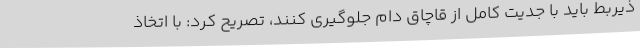
ذیربط باید با جدیت کامل از قاچاق دام جلوگیری کنند، تصریح کرد: با اتخاذ